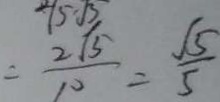
= \frac { 2 \sqrt { 5 } } { 1 0 } = \frac { \sqrt { 5 } } { 5 }